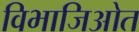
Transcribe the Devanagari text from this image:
विभाजिओत